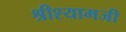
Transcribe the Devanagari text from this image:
श्रीश्यामजी